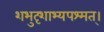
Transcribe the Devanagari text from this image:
शभुदृशाभ्यपश्मत्।